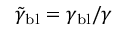
\tilde { \gamma } _ { \mathrm { b l } } = \gamma _ { \mathrm { b l } } / \gamma